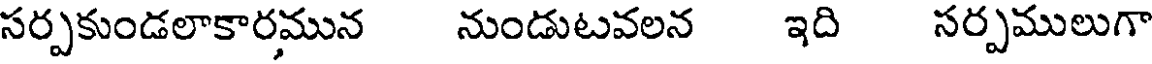
సర్పకుండలాకారమున నుండుటవలన ఇది సర్పములుగా